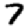
Digit: 7